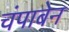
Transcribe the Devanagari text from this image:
चंपाबेन